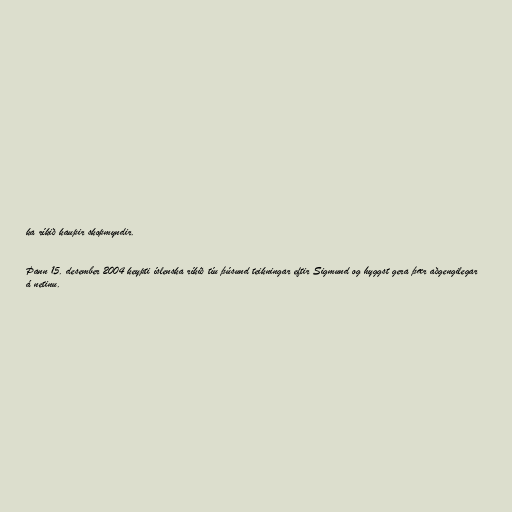
ka ríkið kaupir skopmyndir.

Þann 15. desember 2004 keypti íslenska ríkið tíu þúsund teikningar eftir Sigmund og hyggst gera þær aðgengilegar
á netinu.